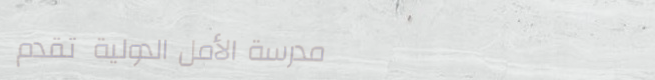
مدرسة الأمل الدولية تقدم